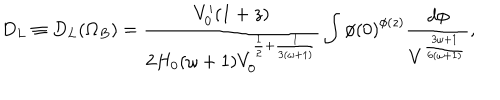
LaTeX: D _ { L } \equiv D _ { L } ( \Omega _ { B } ) = \frac { V _ { 0 } ^ { \prime } ( 1 + z ) } { 2 H _ { 0 } ( \omega + 1 ) V _ { 0 } ^ { \frac { 1 } { 2 } + \frac { 1 } { 3 ( \omega + 1 ) } } } \int { \phi ( 0 ) } ^ { \phi ( z ) } \frac { d \phi } { V ^ { \frac { 3 \omega + 1 } { 6 ( \omega + 1 ) } } } ,